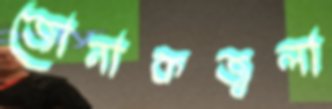
জোনাকজ্বলা